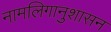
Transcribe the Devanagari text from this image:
नामलिगानुशासन